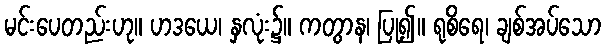
မင်းပေတည်းဟု။ ဟဒယေ၊ နှလုံး၌။ ကတွာန၊ ပြု၍။ ရုစိရေ၊ ချစ်အပ်သော